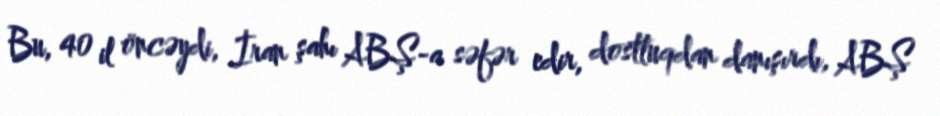
Bu, 40 il öncəydi, İran şahı ABŞ-a səfər edir, dostluqdan danışırdı, ABŞ